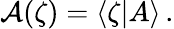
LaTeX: {\cal A}(\zeta)=\langle\zeta|A\rangle\, .